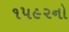
૧૫૯૨નો